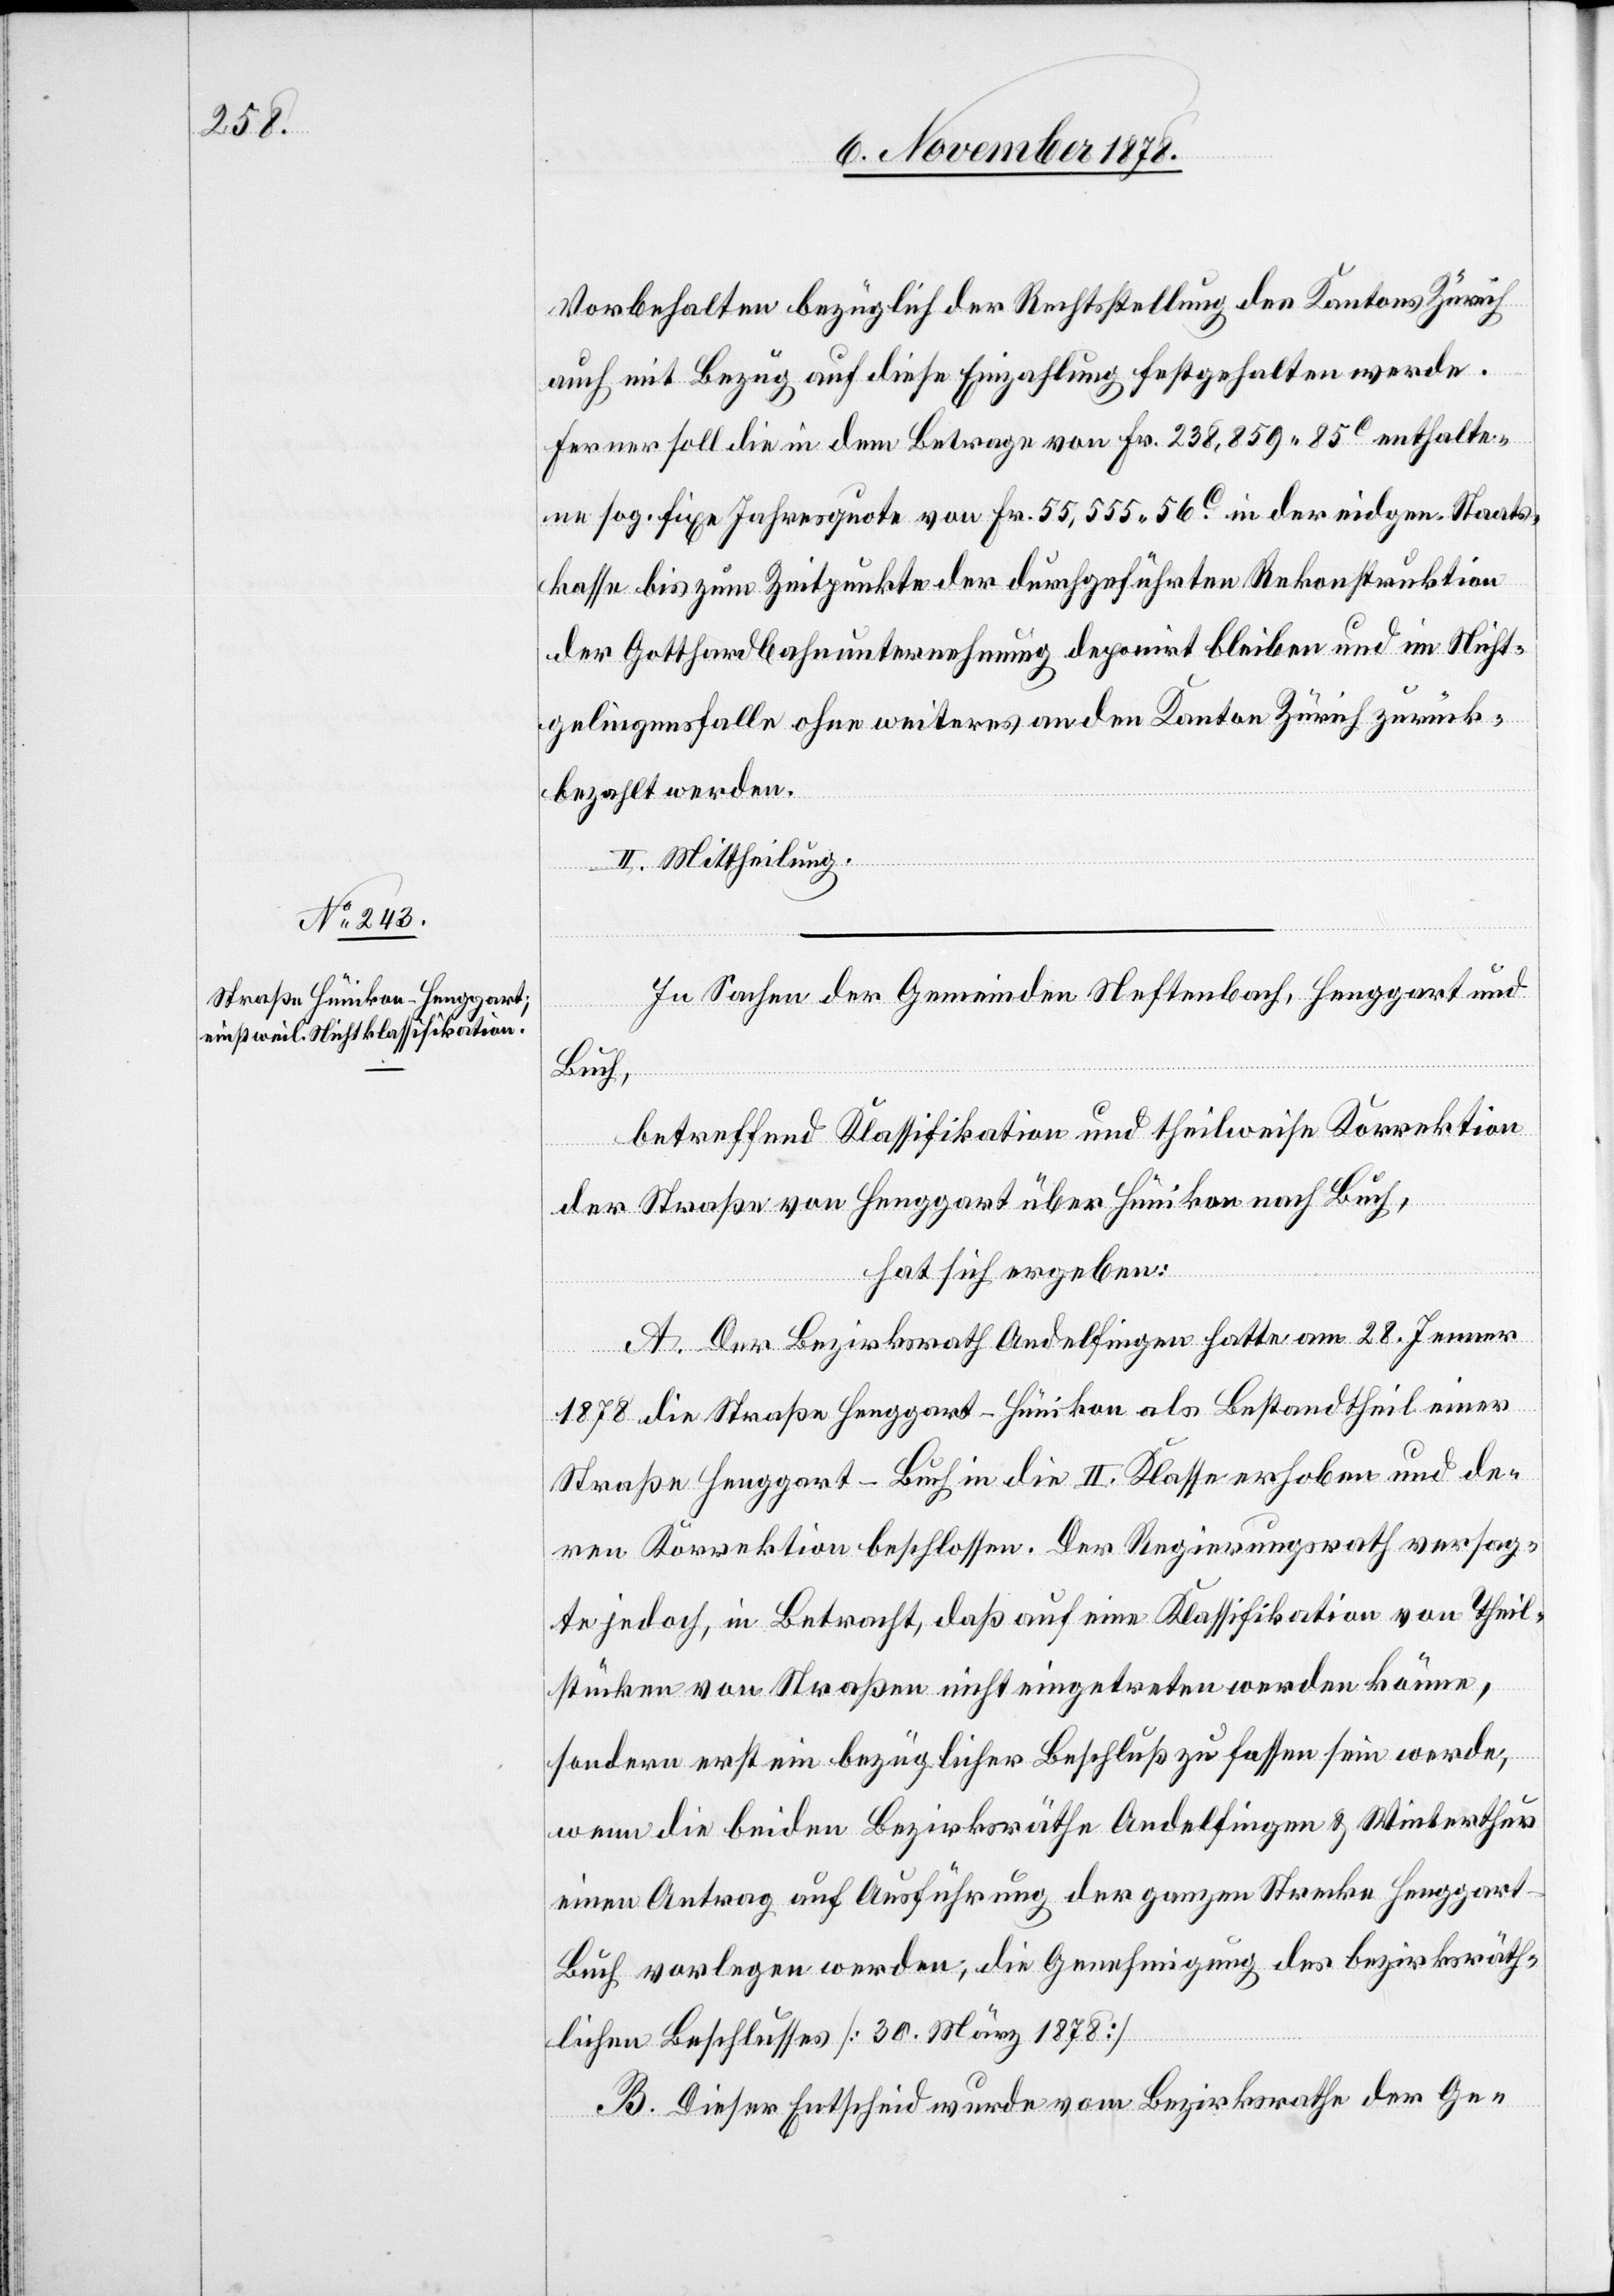
Vorbehalten bezüglich der Rechtsstellung des Kantons Zürich
auch mit Bezug auf diese Einzahlung festgehalten werde.
Ferner soll die in dem Betrage von Fr. 238,859 85C enthalte¬
ne sog. fixe Jahresquote von Fr. 55,555 56C in der eidgen. Staats¬
kasse bis zum Zeitpunkte der durchgeführten Rekonstruktion
der Gotthardbahnunternehmung deponirt bleiben und im Nicht¬
gelingensfalle ohne weiteres an den Kanton Zürich zurück¬
bezahlt werden.
II. Mittheilung.
In Sachen der Gemeinden Neftenbach, Henggart und
Buch,
betreffend Klassifikation und theilweise Korrektion
der Straße von Henggart über Hünikon nach Buch,
hat sich ergeben:
A. Der Bezirksrath Andelfingen hatte am 28. Jenner
1878 die Straße Henggart–Hünikon als Bestandtheil einer
Straße Henggart–Buch in die II. Klasse erhoben und de¬
ren Korrektion beschlossen. Der Regierungsrath versag¬
te jedoch, in Betracht, daß auf eine Klassifikation von Theil¬
stücken von Straßen nicht eingetreten werden könne,
sondern erst ein bezüglicher Beschluß zu fassen sein werde,
wenn die beiden Bezirksräthe Andelfingen & Winterthur
einen Antrag auf Ausführung der ganzen Strecke Henggart–B¬
uch vorlegen werden, die Genehmigung der bezirksräth¬
lichen Beschlusses [30. März 1878]
B. Dieser Entscheid wurde vom Bezirksrathe der Ge-.